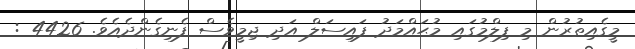
މީގެއިތުރުން މި ފިލްމުގައި މުޙައްމަދު ފައިސަލް އަދި ޖިމީވެސް ފެނިގެންދެއެވެ. 4426 :